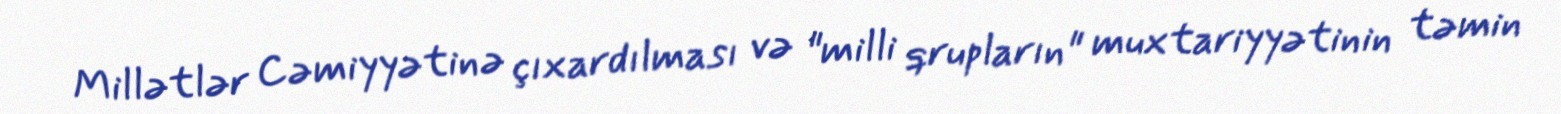
Millətlər Cəmiyyətinə çıxardılması və "milli qrupların" muxtariyyətinin təmin